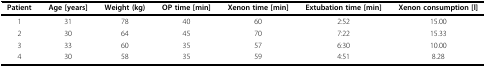
<table><thead><tr><td><b>Patient</b></td><td><b>Age [years]</b></td><td><b>Weight (kg)</b></td><td><b>OP time [min]</b></td><td><b>Xenon time [min]</b></td><td><b>Extubation time [min]</b></td><td><b>Xenon consumption [l]</b></td></tr></thead><tbody><tr><td>1</td><td>31</td><td>78</td><td>40</td><td>60</td><td>2:52</td><td>15.00</td></tr><tr><td>2</td><td>30</td><td>64</td><td>45</td><td>70</td><td>7:22</td><td>15.33</td></tr><tr><td>3</td><td>33</td><td>60</td><td>35</td><td>57</td><td>6:30</td><td>10.00</td></tr><tr><td>4</td><td>30</td><td>58</td><td>35</td><td>59</td><td>4:51</td><td>8.28</td></tr></tbody></table>